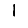
Digit: 1